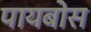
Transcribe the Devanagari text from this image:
पायबोस